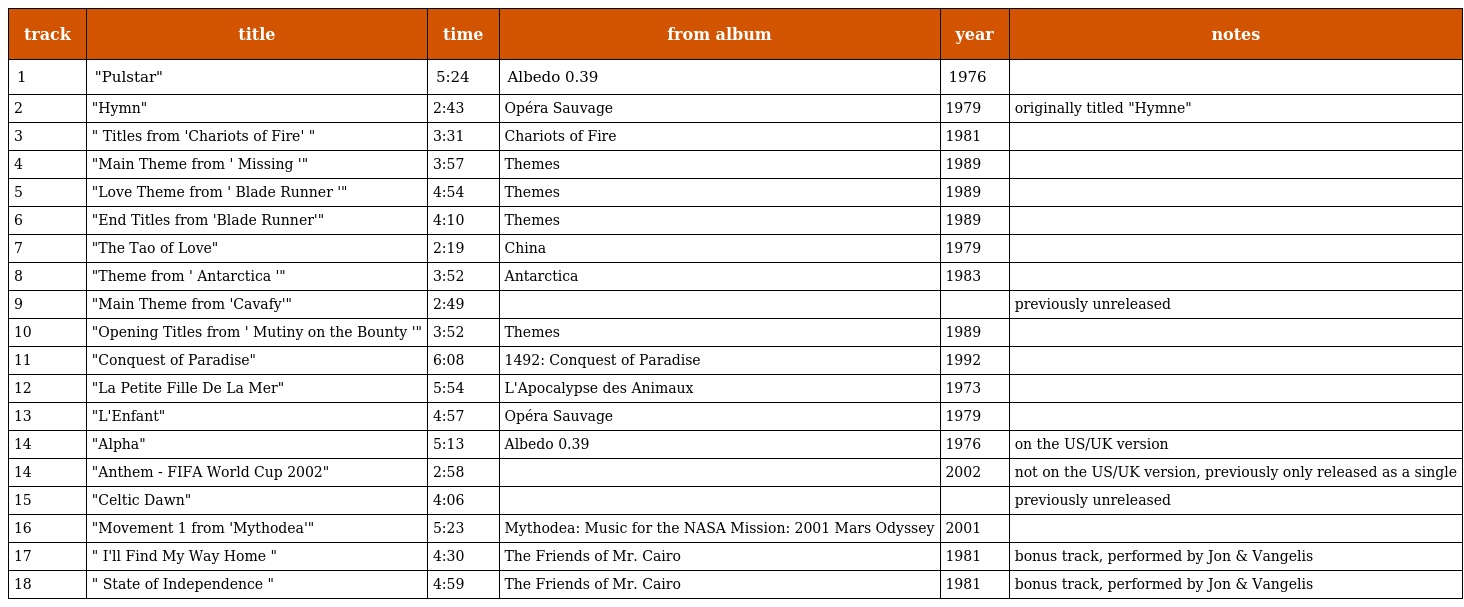
| track | title | time | from album | year | notes |
 | --- | --- | --- | --- | --- | --- |
 | 1 | "Pulstar" | 5:24 | Albedo 0.39 | 1976 |  |
 | 2 | "Hymn" | 2:43 | Opéra Sauvage | 1979 | originally titled "Hymne" |
 | 3 | " Titles from 'Chariots of Fire' " | 3:31 | Chariots of Fire | 1981 |  |
 | 4 | "Main Theme from ' Missing '" | 3:57 | Themes | 1989 |  |
 | 5 | "Love Theme from ' Blade Runner '" | 4:54 | Themes | 1989 |  |
 | 6 | "End Titles from 'Blade Runner'" | 4:10 | Themes | 1989 |  |
 | 7 | "The Tao of Love" | 2:19 | China | 1979 |  |
 | 8 | "Theme from ' Antarctica '" | 3:52 | Antarctica | 1983 |  |
 | 9 | "Main Theme from 'Cavafy'" | 2:49 |  |  | previously unreleased |
 | 10 | "Opening Titles from ' Mutiny on the Bounty '" | 3:52 | Themes | 1989 |  |
 | 11 | "Conquest of Paradise" | 6:08 | 1492: Conquest of Paradise | 1992 |  |
 | 12 | "La Petite Fille De La Mer" | 5:54 | L'Apocalypse des Animaux | 1973 |  |
 | 13 | "L'Enfant" | 4:57 | Opéra Sauvage | 1979 |  |
 | 14 | "Alpha" | 5:13 | Albedo 0.39 | 1976 | on the US/UK version |
 | 14 | "Anthem - FIFA World Cup 2002" | 2:58 |  | 2002 | not on the US/UK version, previously only released as a single |
 | 15 | "Celtic Dawn" | 4:06 |  |  | previously unreleased |
 | 16 | "Movement 1 from 'Mythodea'" | 5:23 | Mythodea: Music for the NASA Mission: 2001 Mars Odyssey | 2001 |  |
 | 17 | " I'll Find My Way Home " | 4:30 | The Friends of Mr. Cairo | 1981 | bonus track, performed by Jon & Vangelis |
 | 18 | " State of Independence " | 4:59 | The Friends of Mr. Cairo | 1981 | bonus track, performed by Jon & Vangelis |